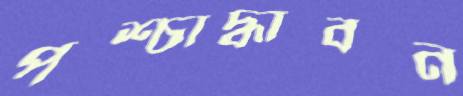
পশ্চাদ্ধাবন